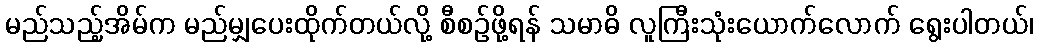
မည်သည့်အိမ်က မည်မျှပေးထိုက်တယ်လို့ စီစဉ်ဖို့ရန် သမာဓိ လူကြီးသုံးယောက်လောက် ရွေးပါတယ်၊